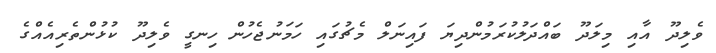
ވެލިދޫ އާއި މިލަދޫ ބައްދަލުކުރަމުންދިޔަ ފައިނަލް މެޗުގައި ހަމަނުޖެހުން ހިނގީ ވެލިދޫ ކުޅުންތެރިއެއްގެ